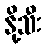
နို့သီး